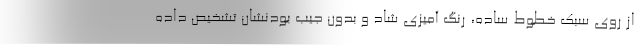
از روی سبک خطوط ساده، رنگ آمیزی شاد و بدون جیب بودنشان تشخیص داده